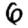
Digit: 6